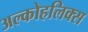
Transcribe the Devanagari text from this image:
अल्कोहलिक्स